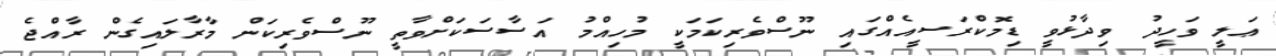
ޢަލީ ވަހީދު ވިދާޅުވީ ޑިމޮކްރަސީއެއްގައި ނޫސްވެރިކަމަކީ މުހިއްމު އަސާސަކަށްވާތީ ނޫސްވެރިކަން މާރާލައިގެން ރާއްޖެ